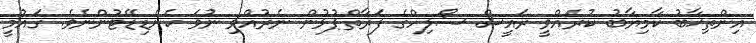
އިންތިޚާބު ކާމިޔާބު ކުރެއްވީ ރައީސް ސޯލިހްގެ ފަރާތްޕުޅުން ނެރުއްވި ނުވަ ކެންޑިޑޭޓުންނެވެ. ގައުމީ